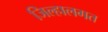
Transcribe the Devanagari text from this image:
जिल्हालगत